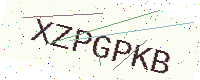
Text: XZPGPKB